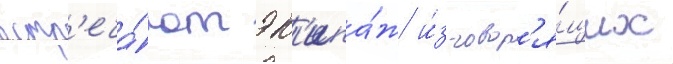
встр'еча́ют эк'ипа́ж и́з говор'я́щих